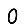
Digit: 0